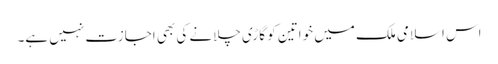
اس اسلامی ملک میں خواتین کو گاڑی چلانے کی بھی اجازت نہیں ہے۔